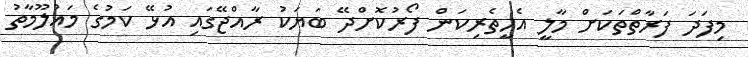
މިފަދަ ފަރާތްތަކަށް މާލީ އެހީތެރިކަން ފޯރުކޮށްދޭ ބަޔަކު ރާއްޖޭގައި އުޅޭ ކަމުގެ މައުލޫމާތު